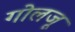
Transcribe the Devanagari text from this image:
गोलजू